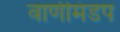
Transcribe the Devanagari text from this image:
वाणीमंडप